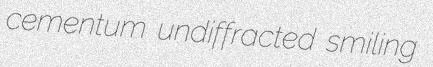
cementum undiffracted smiling